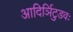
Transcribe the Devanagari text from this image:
आदिर्ञिटुडवः